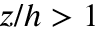
z / h > 1